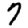
Digit: 7